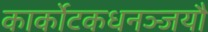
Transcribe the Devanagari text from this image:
कार्कोटकधनञ्जयौ